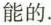
能的。